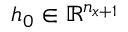
\boldsymbol { h _ { 0 } } \in \mathbb { R } ^ { n _ { \boldsymbol { x } + 1 } }